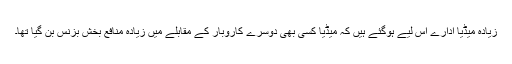
زیادہ میڈیا ادارے اس لیے ہوگئے ہیں کہ میڈیا کسی بھی دوسرے کاروبار کے مقابلے میں زیادہ منافع بخش بزنس بن گیا تھا۔